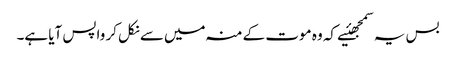
بس یہ سمجھئیے کہ وہ موت کے منہ میں‌سے نکل کر واپس آیا ہے۔